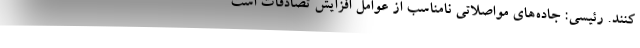
کنند. رئیسی: جاده‌های مواصلاتی نامناسب از عوامل افزایش تصادفات است